Indian journal of veterinary science and animal husbandry - Volume 9,
Year: 1939
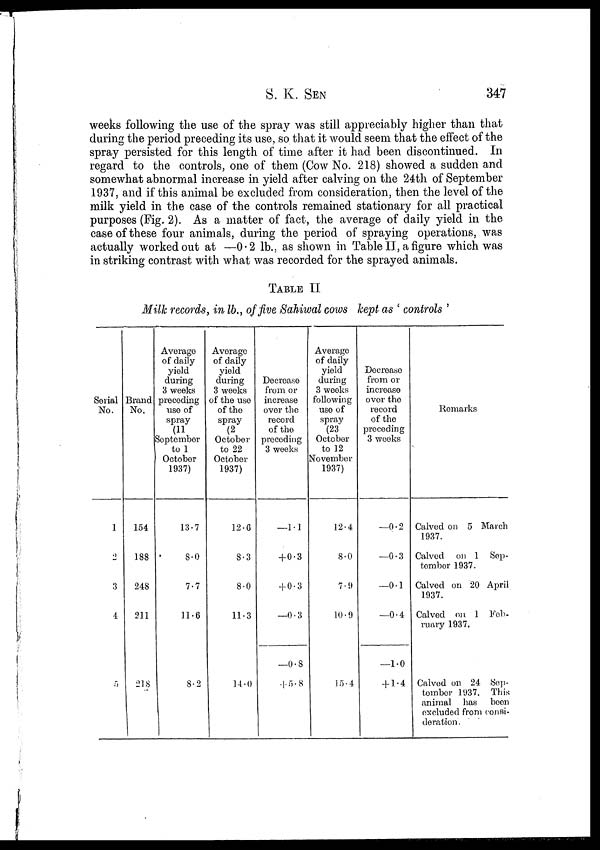
S. K.
SEN
347
weeks following the use of the spray was still appreciably higher than that
during the period preceding its use, so that it would seem that the effect of the
spray persisted for this length of time after it had been discontinued. In
regard to the controls, one of them (Cow No. 218) showed a sudden and
somewhat abnormal increase in yield after calving on the 24th of September
1937, and if this animal be excluded from consideration, then the level of the
milk yield in the case of the controls remained stationary for all practical
purposes (Fig. 2). As a matter of fact, the average of daily yield in the
case of these four animals, during the period of spraying operations, was
actually worked out at —0.2 lb., as shown in Table II, a figure which was
in striking contrast with what was recorded for the sprayed animals.
TABLE II
Milk records, in lb., of five Sahiwal cows kept as ' controls '
Serial
No.
1
2
3
4
5
Brand
No.
154
188
248
211
218
Average
of daily
yield
during
3 weeks
preceding
use of
spray
(11
September
to 1
October
1937)
13.7
8.0
7.7
11.6
8.2
Average
of daily
yield
during
3 weeks
of the use
of the
spray
(2
October
to 22
October
1937)
12.6
8.3
8.0
11.3
14.0
Decrease
from or
increase
over the
record
of the
preceding
3 weeks
—1.1
+ 0.3
+ 0.3
—0.3
—0.8
+5.8
Average
of daily
yield
during
3 weeks
following
use of
spray
(23
October
to 12
November
1937)
12.4
8.0
7.9
10.9
15.4
Decrease
from or
increase
over the
record
of the
preceding
3 weeks
—0.2
—0.3
—0.1
—0.4
—1.0
+ 1.4
Remarks
Calved on 5 March
1937.
Calved on 1 Sep-
tember 1937.
Calved on 20 April
1937.
Calved on 1 Feb-
ruary 1937.
Calved on 24 Sep-
tember 1937. This
animal has
been
excluded from consi-
deration .